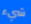
شيء